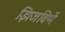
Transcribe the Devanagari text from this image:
झिजविणें